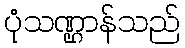
ပုံသဏ္ဌာန်သည်